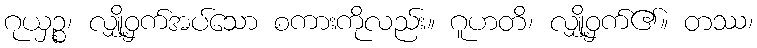
ဂုယှဉ္စ၊ လျှို့ဝှက်အပ်သော စကားကိုလည်း။ ဂူဟတိ၊ လျှို့ဝှက်၏။ တဿ၊